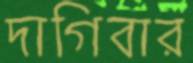
দাগিবার